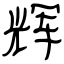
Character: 辉